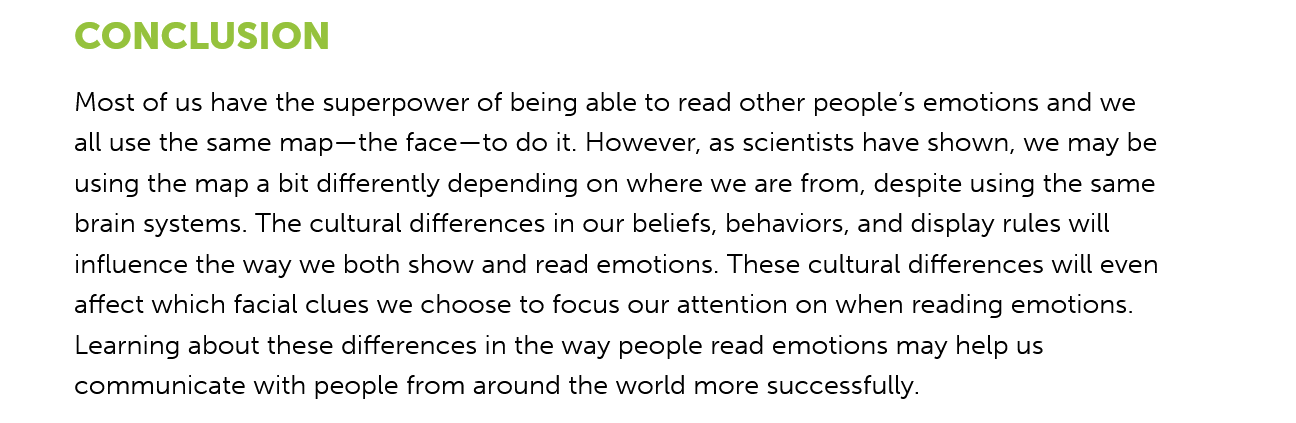
CONCLUSION
     Most of us have the superpower of being able to read other people’s emotions and we
     all use the same map—the face—to do it. However, as scientists have shown, we may be
     using the map a bit differently depending on where we are from, despite using the same
     brain systems. The cultural differences in our beliefs, behaviors, and display rules will
     influence the way we both show and read emotions. These cultural differences will even
     affect which facial clues we choose to focus our attention on when reading emotions.
     Learning about these differences in the way people read emotions may help us
     communicate  with people from around the world more successfully.